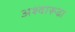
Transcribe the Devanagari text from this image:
अश्वारूढा